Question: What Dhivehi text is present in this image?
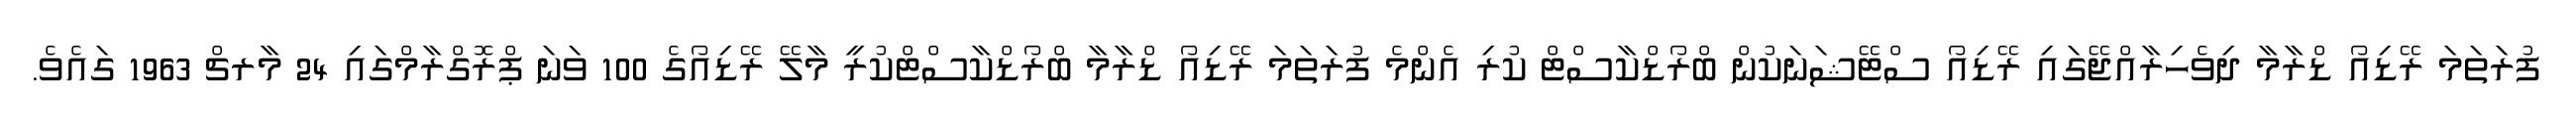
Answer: ފުރަތަމަ ރޭޑިއޯ ޑްރާމާ ދިވެހިރާއްޖޭގައި ރޭޑިއޯ ސްޓޭޝަނަކުން ބްރޯޑްކާސްޓް ކުރި އެންމެ ފުރަތަމަ ރޭޑިއޯ ޑްރާމާ ބްރޯޑްކާސްޓްކުރީ މާލޭ ރޭޑިއޯގެ 100 ވަނަ ޕްރޮގްރާމްގައި 24 މާރޗް 1963 ގައެވެ.